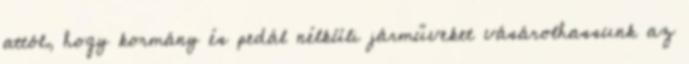
attól, hogy kormány és pedál nélküli járműveket vásárolhassunk az